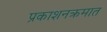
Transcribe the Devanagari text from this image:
प्रकाशनक्रमात